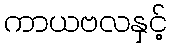
ကာယဗလနှင့်